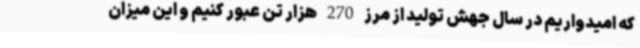
که امیدواریم در سال جهش تولید از مرز 270 هزار تن عبور کنیم و این میزان